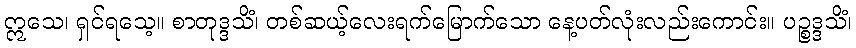
ဣသေ၊ ရှင်ရသေ့။ စာတုဒ္ဒသိံ၊ တစ်ဆယ့်လေးရက်မြောက်သော နေ့ပတ်လုံးလည်းကောင်း။ ပဉ္စဒ္ဒသိံ၊